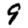
Digit: 9